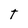
Character: T